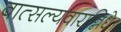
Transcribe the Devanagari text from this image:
वात्सल्यवारान्निधे।